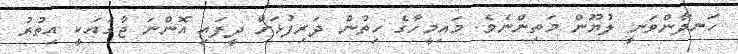
ހަނދާންވަނީ ލުޔޫން މަތިންނެވެ. މައިމީހާގެ ހިތުން ދަރިފުޅަށް ދީފައި އޮންނަ ޖާގައަކީ އިތުރު